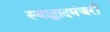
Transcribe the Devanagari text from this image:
स्याद्धादमंजरी